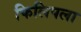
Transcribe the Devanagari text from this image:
फिलिपला